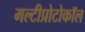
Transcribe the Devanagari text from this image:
मल्टीप्रोटोकॉल